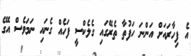
އެ ފިހާރައަށް އަންނަ ހަފުތާ ތެރޭގައި ގެެލެކްސީ ފަހެއް ގެނައި ނަމަވެސް އޭގެ